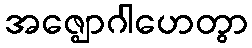
အဇ္ဈောဂါဟေတွာ